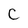
Character: C